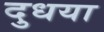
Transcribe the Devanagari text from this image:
दुधया